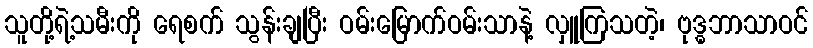
သူတို့ရဲ့သမီးကို ရေစက် သွန်းချပြီး ဝမ်းမြောက်ဝမ်းသာနဲ့ လှူကြသတဲ့၊ ဗုဒ္ဓဘာသာဝင်